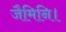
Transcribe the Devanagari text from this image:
जैमिनि।